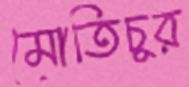
মোতিচুর